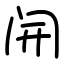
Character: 𫔭